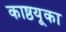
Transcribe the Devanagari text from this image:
काष्ठयूका